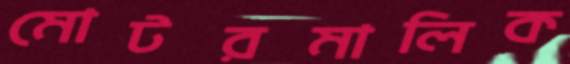
মোটরমালিক